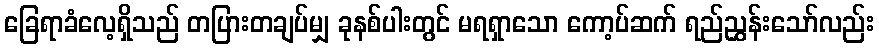
ခြေရာခံလေ့ရှိသည် တပြားတချပ်မျှ ခုနစ်ပါးတွင် မရရှာသော ကော့ပ်ဆက် ရည်ညွှန်းသော်လည်း